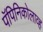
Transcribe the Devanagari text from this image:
पॅपिनिकोलाव्ह